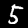
Label: 5